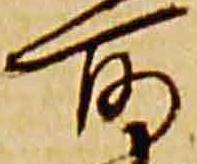
所